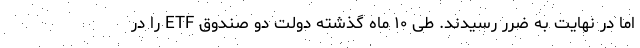
اما در نهایت به ضرر رسیدند. طی ۱۰ ماه گذشته دولت دو صندوق ETF را در